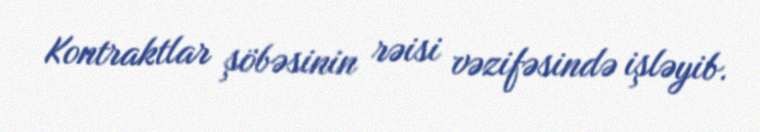
Kontraktlar şöbəsinin rəisi vəzifəsində işləyib.